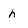
Character: h